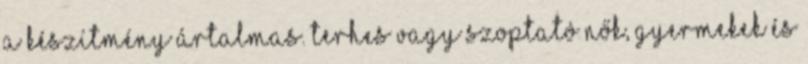
a készítmény ártalmas. Terhes vagy szoptató nők, gyermekek és